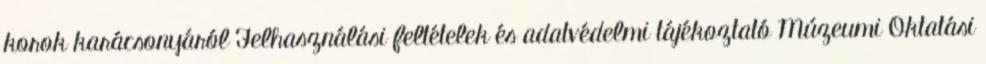
korok karácsonyáról Felhasználási feltételek és adatvédelmi tájékoztató Múzeumi Oktatási